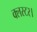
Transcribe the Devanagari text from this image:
क्लस्टर।